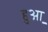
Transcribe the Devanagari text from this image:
हुआ़